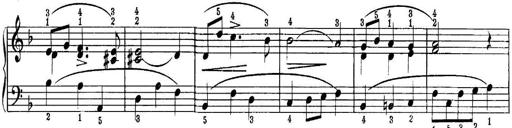
Title: Quatres sonatines
Composer: Tadeusz Joteyko